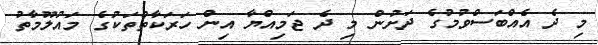
މި ދެ އެއްބަސްވުމުގެ ދަށުން މި ދެ ޖަމިއްޔާ އިން ހަރަކާތްތަކުގެ މައުލޫމާތު